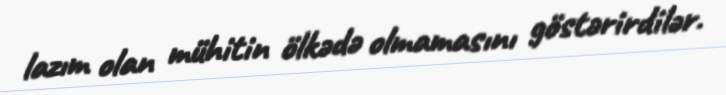
lazım olan mühitin ölkədə olmamasını göstərirdilər.